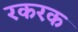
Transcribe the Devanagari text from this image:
रकरक